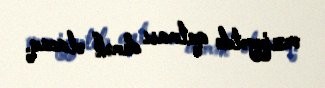
vəziyyətdə qalması demək olacaq.